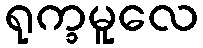
ရုက္ခမူလေ